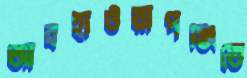
আবহাওয়াপঞ্জিতে